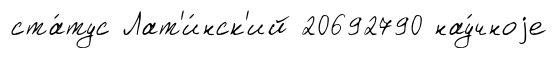
ста́тус Лат'и́нск'ий 20692790 нау́чноjе